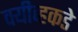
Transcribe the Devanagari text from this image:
क्यीव्हकडे